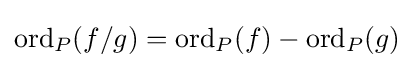
\operatorname {ord} _{P}(f/g)=\operatorname {ord} _{P}(f)-\operatorname {ord} _{P}(g)